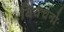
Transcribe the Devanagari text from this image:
विवेचनो